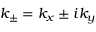
k _ { \pm } = k _ { x } \pm i k _ { y }